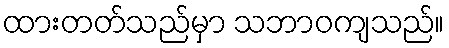
ထားတတ်သည်မှာ သဘာဝကျသည်။